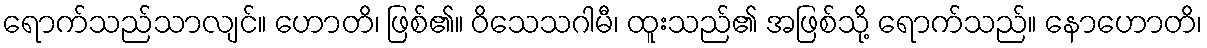
ရောက်သည်သာလျင်။ ဟောတိ၊ ဖြစ်၏။ ဝိသေသဂါမီ၊ ထူးသည်၏ အဖြစ်သို့ ရောက်သည်။ နောဟောတိ၊